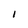
Character: I